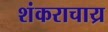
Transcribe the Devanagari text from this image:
शंकराचाय्र